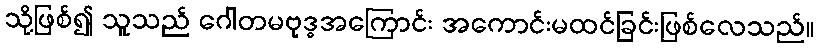
သို့ဖြစ်၍ သူသည် ဂေါတမဗုဒ္ဓအကြောင်း အကောင်းမထင်ခြင်းဖြစ်လေသည်။